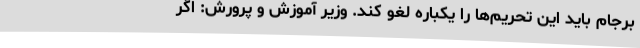
برجام باید این تحریم‌ها را یکباره لغو کند. وزیر آموزش و پرورش: اگر